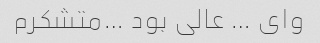
وای … عالی بود …متشکرم